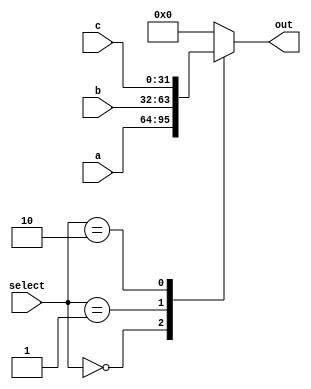
`timescale 1ns / 1ps
//////////////////////////////////////////////////////////////////////////////////
// Company: 
// Engineer: 
// 
// Design Name: 
// Module Name: Mux3to1
// Project Name: 
// Target Devices: 
// Tool Versions: 
// Description: 
// 
// Dependencies: 
// 
// Revision:
// Revision 0.01 - File Created
// Additional Comments:
// 
//////////////////////////////////////////////////////////////////////////////////


module Mux3to1(
    input wire [31:0] a, b, c,
    input wire [1:0] select,
    output reg [31:0] out
    );
    
    always @(*) begin
        casex(select)
            2'b00: out = a;
            2'b01: out = b;
            2'b10: out = c;
            default: out = 32'd0;
        endcase
    end
    
endmodule